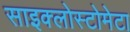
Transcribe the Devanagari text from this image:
साइक्लोस्टोमेटा